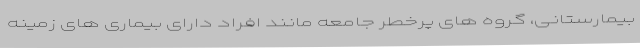
بیمارستانی، گروه های پرخطر جامعه مانند افراد دارای بیماری های زمینه